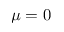
\mu = 0